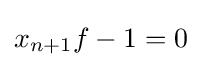
x_{n+1}f-1=0